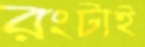
রংটাই